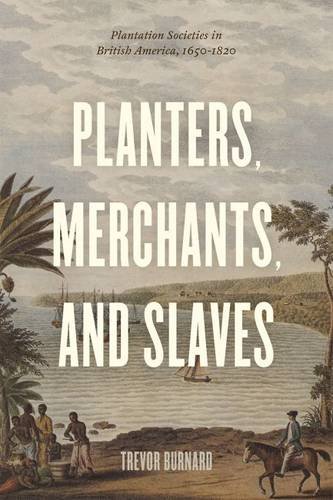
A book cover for Planters, Merchants, and Slaves: Plantation Societies in British America, 1650-1820 (American Beginnings, 1500-1900); Trevor Burnard; History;